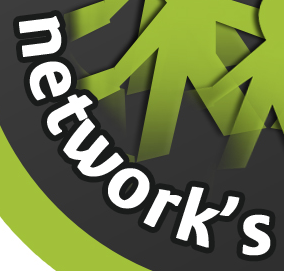
network's